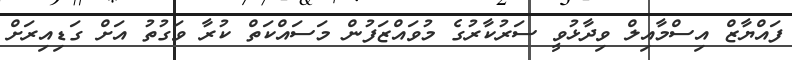
ފައްޔާޒް އިސްމާއިލް ވިދާޅުވީ ސަރުކާރުގެ މުވައްޒަފުން މަސައްކަތް ކުރާ ވަގުތު އަށް ގަޑިއިރަށް